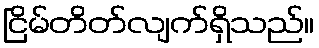
ငြိမ်တိတ်လျက်ရှိသည်။